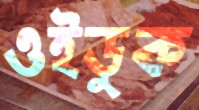
ওইডুক